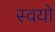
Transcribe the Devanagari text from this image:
स्वयो